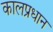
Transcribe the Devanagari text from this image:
कालप्रधान